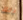
دلك